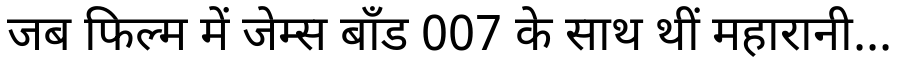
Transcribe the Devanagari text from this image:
जब फिल्म में जेम्स बॉंड 007 के साथ थीं महारानी...